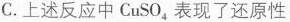
C. 上述反应中CuSO_{4}，表现了还原性